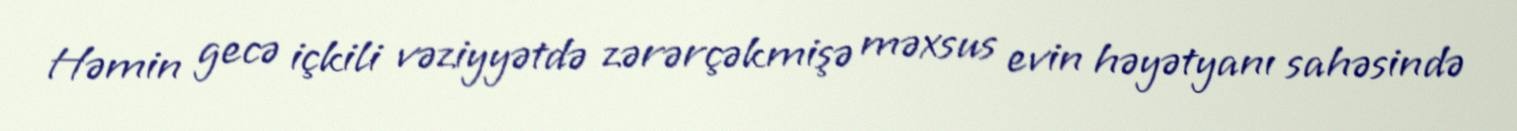
Həmin gecə içkili vəziyyətdə zərərçəkmişə məxsus evin həyətyanı sahəsində